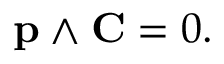
\mathbf { p } \land \mathbf { C } = 0 .